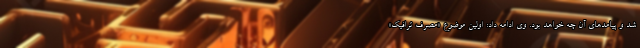
شد و پیامدهای آن چه خواهد بود. وی ادامه داد: اولین موضوع «مصرف ترافیک»